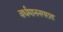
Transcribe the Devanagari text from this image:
वर्धमाननगरात